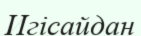
Игісайдан